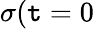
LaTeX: \sigma(\mathtt{t}=0